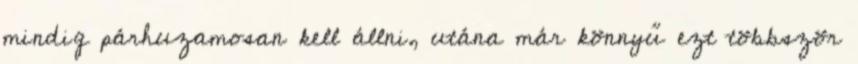
mindig párhuzamosan kell állni, utána már könnyű ezt többször